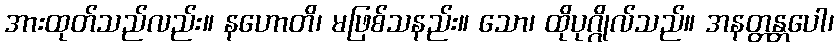
အားထုတ်သည်လည်း။ နဟောတိ၊ မဖြစ်သနည်း။ သော၊ ထိုပုဂ္ဂိုလ်သည်။ အနတ္တန္တပေါ၊